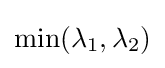
\min(\lambda _{1},\lambda _{2})